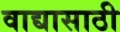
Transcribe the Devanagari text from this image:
वाद्यासाठी